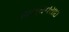
ભલમનસાઇ